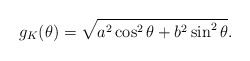
\begin{align*}g_K(\theta)=\sqrt{a^2\cos^2\theta+b^2\sin^2\theta}.\end{align*}